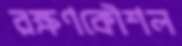
রক্ষণকৌশল